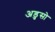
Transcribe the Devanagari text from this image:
अडुसो